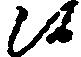
候